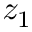
z _ { 1 }